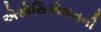
એસોસિએશનની